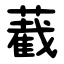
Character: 䕙